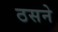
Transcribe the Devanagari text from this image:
ठसने